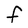
Character: f